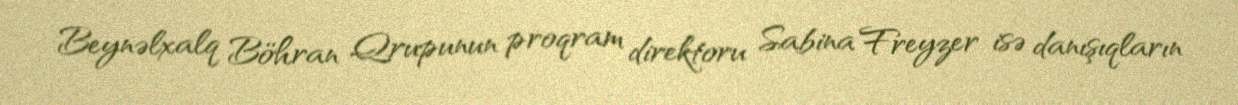
Beynəlxalq Böhran Qrupunun proqram direktoru Sabina Freyzer isə danışıqların